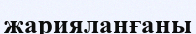
жарияланғаны